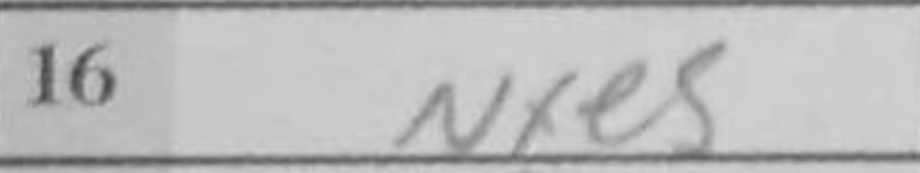
Transcription: Nxe5